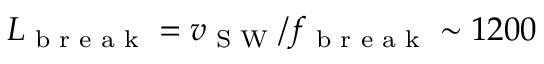
L _ { \textrm { b r e a k } } = v _ { \textrm { S W } } / f _ { \textrm { b r e a k } } \sim 1 2 0 0